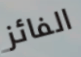
الفائز